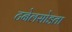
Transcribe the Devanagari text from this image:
टनेलसोडता